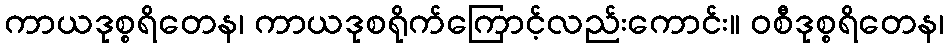
ကာယဒုစ္စရိတေန၊ ကာယဒုစရိုက်ကြောင့်လည်းကောင်း။ ဝစီဒုစ္စရိတေန၊